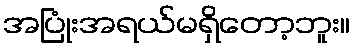
အပြုံးအရယ်မရှိတော့ဘူး။